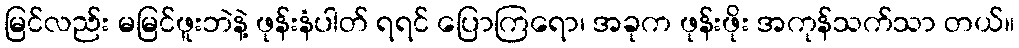
မြင်လည်း မမြင်ဖူးဘဲနဲ့ ဖုန်းနံပါတ် ရရင် ပြောကြရော၊ အခုက ဖုန်းဖိုး အကုန်သက်သာ တယ်။